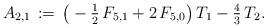
LaTeX: \begin{align*}A_{2,1}\,:=\,\big(-\tfrac{1}{2}\,F_{5,1}+2\,F_{5,0}\big)\,T_1-\tfrac{4}{3}\,T_2.\end{align*}